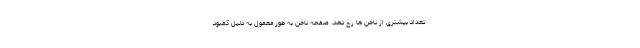
تعداد بیشتری از ناخن ها رخ دهد. صفحه ناخن به طور معمول به دلیل کمبود